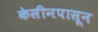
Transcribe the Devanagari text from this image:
केसीनपासून